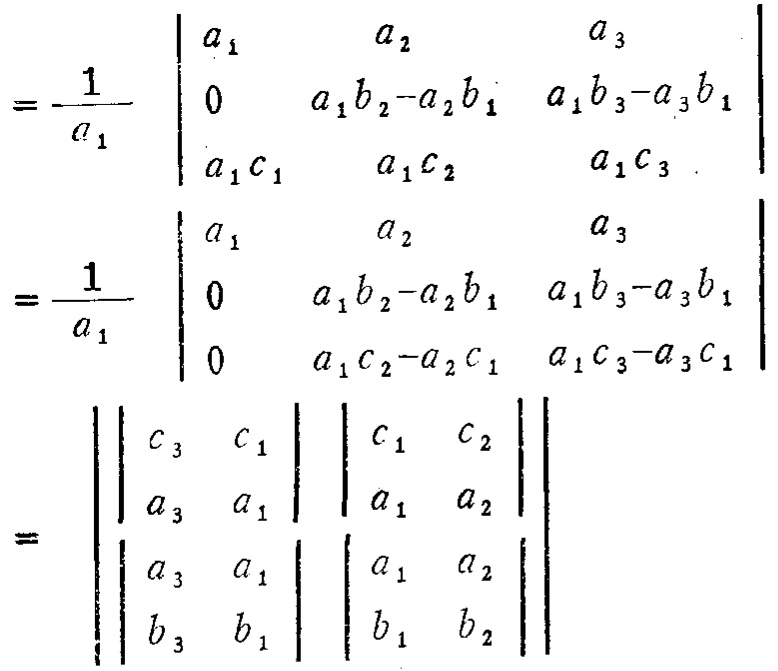
\[

\begin{align*}

&=\frac{1}{a_{1}}

\begin{vmatrix}

a_{1}&a_{2}&a_{3}\\

0&a_{1}b_{2}-a_{2}b_{1}&a_{1}b_{3}-a_{3}b_{1}\\

a_{1}c_{1}&a_{1}c_{2}&a_{1}c_{3}

\end{vmatrix}\\

&=\frac{1}{a_{1}}

\begin{vmatrix}

a_{1}&a_{2}&a_{3}\\

0&a_{1}b_{2}-a_{2}b_{1}&a_{1}b_{3}-a_{3}b_{1}\\

0&a_{1}c_{2}-a_{2}c_{1}&a_{1}c_{3}-a_{3}c_{1}

\end{vmatrix}\\

&=

\begin{vmatrix}

\begin{vmatrix}

c_{3}&c_{1}\\

a_{3}&a_{1}

\end{vmatrix}&

\begin{vmatrix}

c_{1}&c_{2}\\

a_{1}&a_{2}

\end{vmatrix}\\

\begin{vmatrix}

a_{3}&a_{1}\\

b_{3}&b_{1}

\end{vmatrix}&

\begin{vmatrix}

a_{1}&a_{2}\\

b_{1}&b_{2}

\end{vmatrix}

\end{vmatrix}

\end{align*}

\]